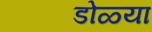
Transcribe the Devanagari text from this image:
डोळ्या